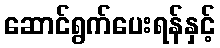
ဆောင်ရွက်ပေးရန်နှင့်